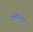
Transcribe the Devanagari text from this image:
गोबिन्द्पुर